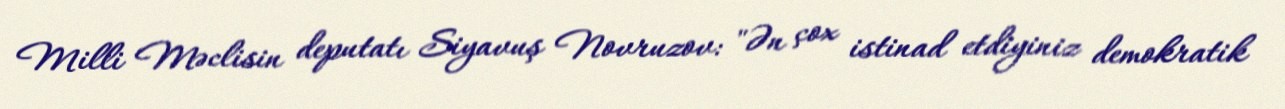
Milli Məclisin deputatı Siyavuş Novruzov: "Ən çox istinad etdiyiniz demokratik